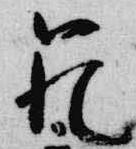
範